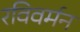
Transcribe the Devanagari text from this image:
रविवर्मन